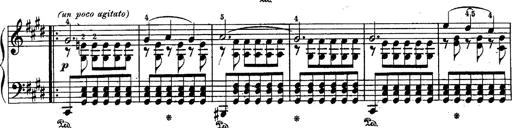
Title: Schubert's Impromptus [revised and edited by Franz Liszt]
Composer: Franz Liszt